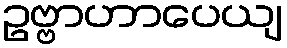
ဥဗ္ဗာဟာပေယျ